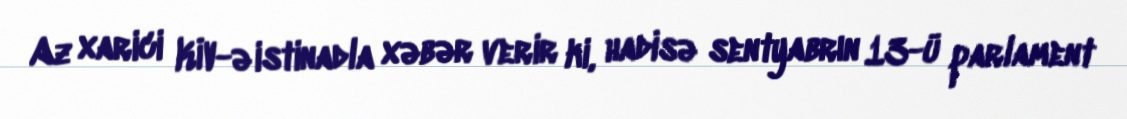
Az xarici KİV-ə istinadla xəbər verir ki, hadisə sentyabrın 13-ü parlament